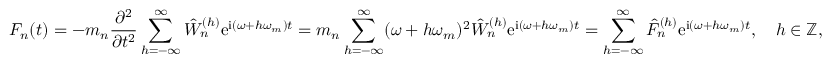
F _ { n } ( t ) = - m _ { n } \frac { \partial ^ { 2 } } { \partial t ^ { 2 } } \sum _ { h = - \infty } ^ { \infty } \hat { W } _ { n } ^ { ( h ) } \mathrm { e } ^ { \mathrm { i } ( \omega + h \omega _ { m } ) t } = m _ { n } \sum _ { h = - \infty } ^ { \infty } ( \omega + h \omega _ { m } ) ^ { 2 } \hat { W } _ { n } ^ { ( h ) } \mathrm { e } ^ { \mathrm { i } ( \omega + h \omega _ { m } ) t } = \sum _ { h = - \infty } ^ { \infty } \hat { F } _ { n } ^ { ( h ) } \mathrm { e } ^ { \mathrm { i } ( \omega + h \omega _ { m } ) t } , \quad h \in \mathbb { Z } ,